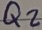
Text: Q2